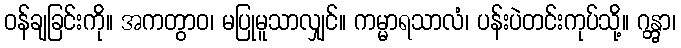
ဝန်ချခြင်းကို။ အကတွာဝ၊ မပြုမူသာလျှင်။ ကမ္မာရသာလံ၊ ပန်းပဲတင်းကုပ်သို့။ ဂန္တွာ၊